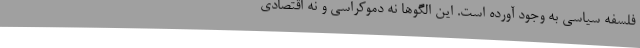
فلسفه سیاسی به وجود آورده است. این الگوها نه دموکراسی و نه اقتصادی